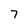
Character: 7